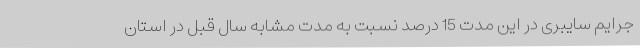
جرایم سایبری در این مدت 15 درصد نسبت به مدت مشابه سال قبل در استان